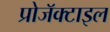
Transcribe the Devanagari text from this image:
प्रोजॅक्टाइल